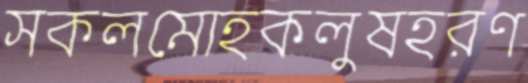
সকলমোহকলুষহরণ